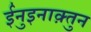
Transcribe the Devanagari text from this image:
ईनुइनाक़्तुन